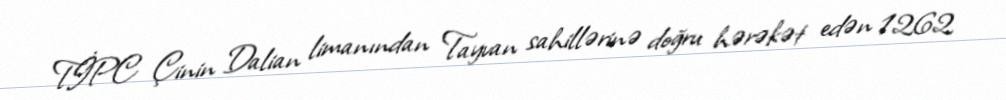
TİPC Çinin Dalian limanından Tayvan sahillərinə doğru hərəkət edən 1262